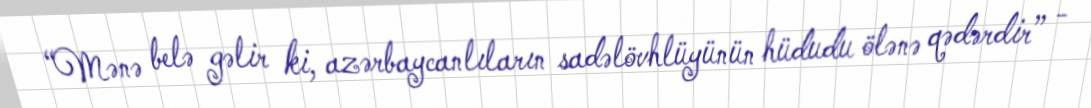
“Mənə belə gəlir ki, azərbaycanlıların sadəlövhlüyünün hüdudu ölənə qədərdir” -